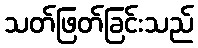
သတ်ဖြတ်ခြင်းသည်